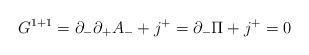
LaTeX: \begin{align*}G^{1+1} = \partial_{-} \partial_{+} A_{-} + j^{+} = \partial_{-} \Pi +j^{+} = 0\end{align*}